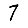
Digit: 7